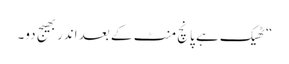
“ ٹھیک ہے پانچ منٹ کے بعد اندر بھیج دو۔